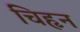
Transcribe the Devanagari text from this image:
चिहृन